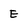
Character: E